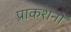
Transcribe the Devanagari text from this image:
प्राकशनों